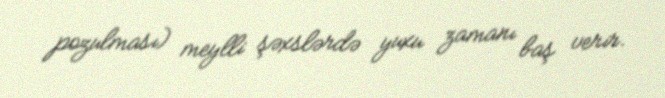
pozulması) meylli şəxslərdə yuxu zamanı baş verir.